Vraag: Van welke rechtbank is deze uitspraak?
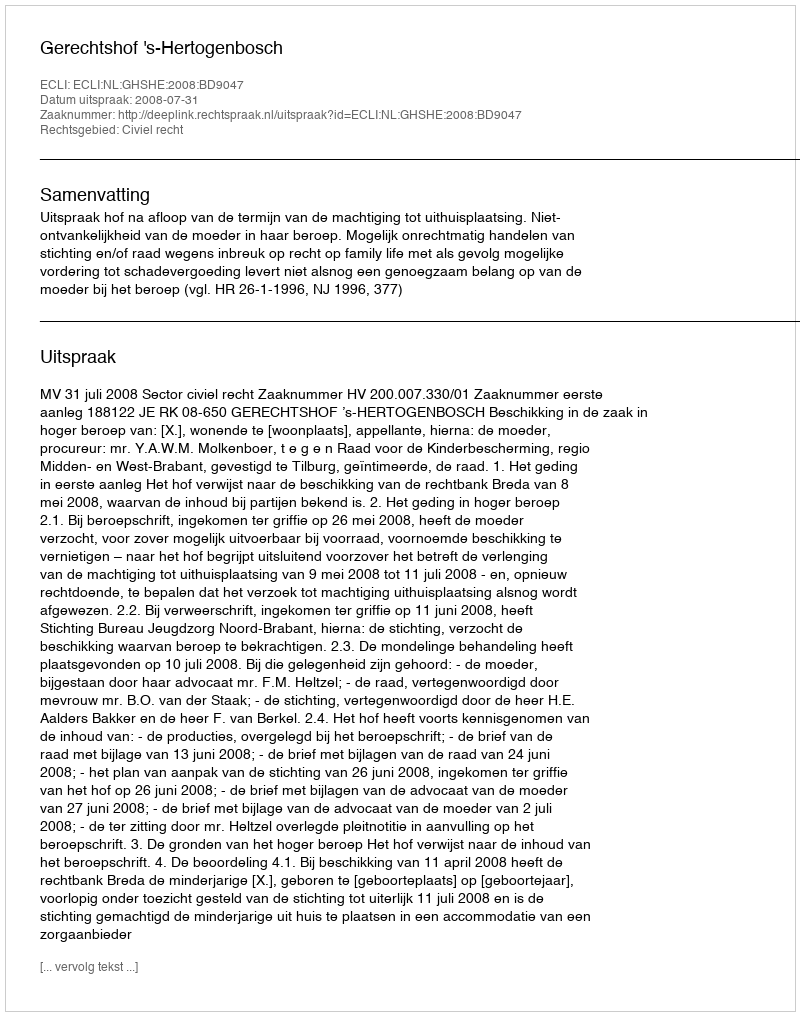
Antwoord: Gerechtshof 's-Hertogenbosch